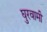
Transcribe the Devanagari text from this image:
घुरवामी